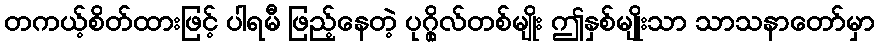
တကယ့်စိတ်ထားဖြင့် ပါရမီ ဖြည့်နေတဲ့ ပုဂ္ဂိုလ်တစ်မျိုး ဤနှစ်မျိုးသာ သာသနာတော်မှာ